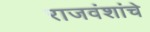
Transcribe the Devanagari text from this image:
राजवंशांचे